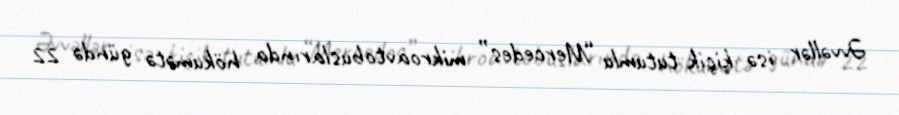
Əvvəllər isə kiçik tutumlu “Mercedes” mikroavtobuslarında hökumətə gündə 22